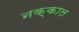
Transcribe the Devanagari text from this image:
नक्काल